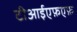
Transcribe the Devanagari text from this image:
टीआईएफ़एफ़